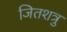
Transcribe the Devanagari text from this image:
जितशत्रु